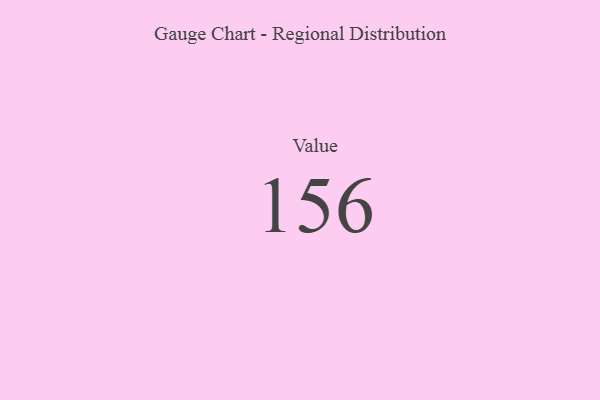
{"axis": {"x": "Metric", "y": "Value"}, "legend": [""], "data": [{"x": "Value", "y": 156, "type": ""}]}